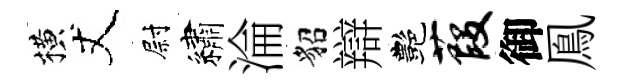
横丈尉繡淪貂辯艷葭御鳯